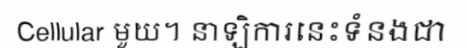
Cellular មួយ។ នាឡិការនេះទំនងជា